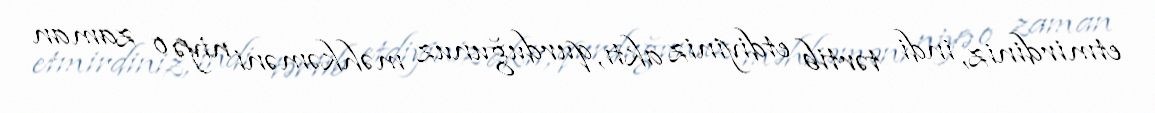
etmirdiniz, indi tərtib etdiyiniz aktı, qurduğunuz məhkəməni niyə o zaman